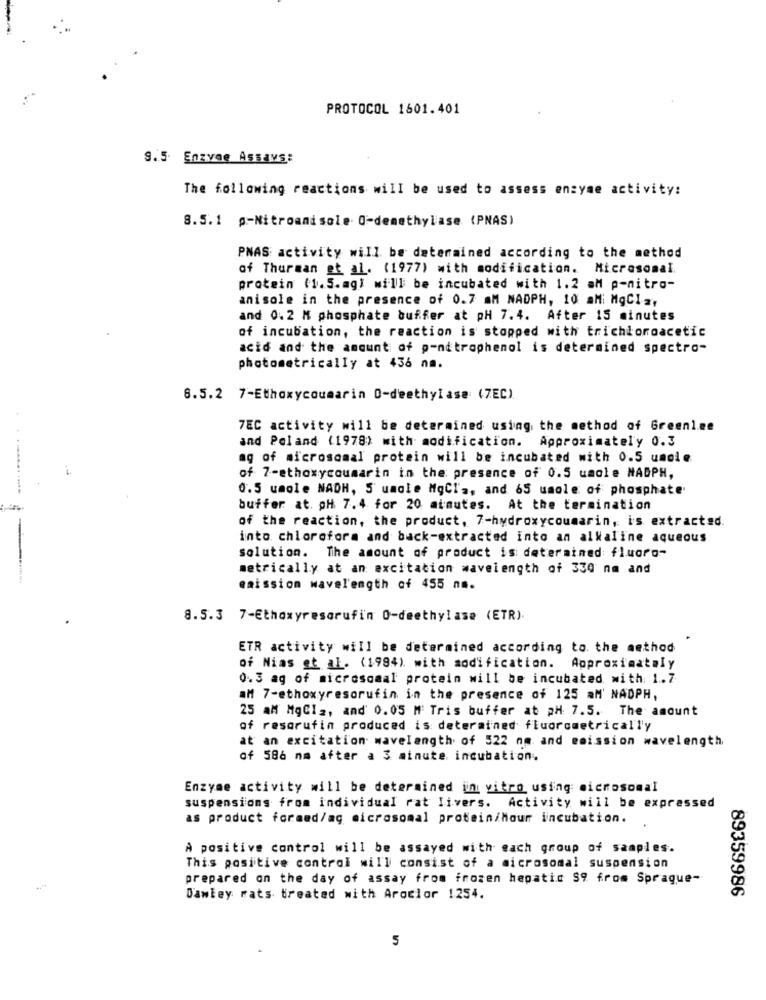
PROTOCOL 1601.401
9.5. Enzyme Assays:
The following reactions will be used to assess enzyme activity:
8.5.1 g-Nitroandsole O-demethylase (PNAS)
PNAS activity will be determined according to the method
of Thurman et al. (1977) with modification. Microsomal
protein (1.5.ag) will be incubated with 1.2 aM p-nitro-
anisole in the presence of 0.7 mM NADPH, 10 aMi MgCI .,
and 0.2 M phosphate buffer at pH 7.4. After 15 minutes
of incubation, the reaction is stopped with trichloroacetic
acid and the amount of p-nitrophenol is determined spectro-
photometrically at 436 nm.
8.5.2 7-Ethoxycoumarin 0-deethylase (ZEC).
7EC activity will be determined using the method of Greenlee
and Poland (1978) with modification. Approximately 0.3
ag of microsomal protein will be incubated with 0.5 umdie
of 7-ethoxycoumarin in the presence of 0.5 umole NADPH,
0.5 umole NADH, 5' uncle MgCl'a, and 65 umole of phosphate
buffer at. pH 7.4 for 20 minutes. At the termination
of the reaction, the product, 7-hydroxycoumarin, is extracted.
into chloroform and back-extracted into an alkaline aqueous
solution. The amount of product is determined fluoro-
metrically at an excitation wavelength of 330 nm and
eaission wavelength of 455 nm.
8.5.3 7-Ethoxyresarufin O-deethylase (ETR).
ETR activity will be determined according to the method
of Nias et al. (1994). with modification. Approximately
0.3 ag of microsomal protein will be incubated with: 1.7
aMt 7-ethoxyresorufin in the presence of 125 aM' NADPH,
25 aM MgCla, and' 0.05 M Tris buffer at pH 7.5. The amount
of resarufin produced is determined fluorometrically
at an excitation wavelength of 522 nm and emission wavelength
of 586 nm after a 3 minute. incubation.
Enzyme activity will be determined in vitro using: microsomal
suspensions from individual rat Iivers. Activity will be expressed
as product formed/ag microsomal protein/Mour incubation.
A positive control will be assayed with each group of samples.
This positive control will consist of a microsomal suspension
prepared on the day of assay from frozen hepatic S9 from Sprague-
89359986
Dawley rats treated with Aroclor 1254.
5